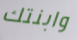
وابنتك